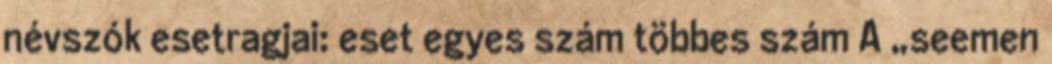
névszók esetragjai: eset egyes szám többes szám A „seemen